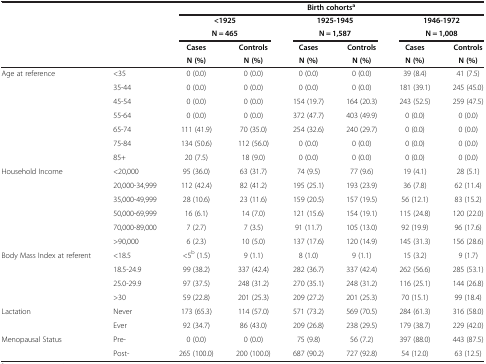
<table><thead><tr><td><b> </b></td><td><b> </b></td><td colspan="6"><b>Birth cohorts<sup>a</sup></b></td></tr><tr><td><b> </b></td><td><b> </b></td><td colspan="2"><b>&lt;1925</b></td><td colspan="2"><b>1925-1945</b></td><td colspan="2"><b>1946-1972</b></td></tr><tr><td><b> </b></td><td><b> </b></td><td colspan="2"><b>N = 465</b></td><td colspan="2"><b>N = 1,587</b></td><td colspan="2"><b>N = 1,008</b></td></tr><tr><td><b> </b></td><td><b> </b></td><td><b>Cases</b></td><td><b>Controls</b></td><td><b>Cases</b></td><td><b>Controls</b></td><td><b>Cases</b></td><td><b>Controls</b></td></tr><tr><td><b> </b></td><td><b> </b></td><td><b>N (%)</b></td><td><b>N (%)</b></td><td><b>N (%)</b></td><td><b>N (%)</b></td><td><b>N (%)</b></td><td><b>N (%)</b></td></tr></thead><tbody><tr><td>Age at reference</td><td>&lt;35</td><td>0 (0.0)</td><td>0 (0.0)</td><td>0 (0.0)</td><td>0 (0.0)</td><td>39 (8.4)</td><td>41 (7.5)</td></tr><tr><td> </td><td>35-44</td><td>0 (0.0)</td><td>0 (0.0)</td><td>0 (0.0)</td><td>0 (0.0)</td><td>181 (39.1)</td><td>245 (45.0)</td></tr><tr><td> </td><td>45-54</td><td>0 (0.0)</td><td>0 (0.0)</td><td>154 (19.7)</td><td>164 (20.3)</td><td>243 (52.5)</td><td>259 (47.5)</td></tr><tr><td> </td><td>55-64</td><td>0 (0.0)</td><td>0 (0.0)</td><td>372 (47.7)</td><td>403 (49.9)</td><td>0 (0.0)</td><td>0 (0.0)</td></tr><tr><td> </td><td>65-74</td><td>111 (41.9)</td><td>70 (35.0)</td><td>254 (32.6)</td><td>240 (29.7)</td><td>0 (0.0)</td><td>0 (0.0)</td></tr><tr><td> </td><td>75-84</td><td>134 (50.6)</td><td>112 (56.0)</td><td>0 (0.0)</td><td>0 (0.0)</td><td>0 (0.0)</td><td>0 (0.0)</td></tr><tr><td> </td><td>85+</td><td>20 (7.5)</td><td>18 (9.0)</td><td>0 (0.0)</td><td>0 (0.0)</td><td>0 (0.0)</td><td>0 (0.0)</td></tr><tr><td>Household Income</td><td>&lt;20,000</td><td>95 (36.0)</td><td>63 (31.7)</td><td>74 (9.5)</td><td>77 (9.6)</td><td>19 (4.1)</td><td>28 (5.1)</td></tr><tr><td> </td><td>20,000-34,999</td><td>112 (42.4)</td><td>82 (41.2)</td><td>195 (25.1)</td><td>193 (23.9)</td><td>36 (7.8)</td><td>62 (11.4)</td></tr><tr><td> </td><td>35,000-49,999</td><td>28 (10.6)</td><td>23 (11.6)</td><td>159 (20.5)</td><td>157 (19.5)</td><td>56 (12.1)</td><td>83 (15.2)</td></tr><tr><td> </td><td>50,000-69,999</td><td>16 (6.1)</td><td>14 (7.0)</td><td>121 (15.6)</td><td>154 (19.1)</td><td>115 (24.8)</td><td>120 (22.0)</td></tr><tr><td> </td><td>70,000-89,000</td><td>7 (2.7)</td><td>7 (3.5)</td><td>91 (11.7)</td><td>105 (13.0)</td><td>92 (19.9)</td><td>96 (17.6)</td></tr><tr><td> </td><td>&gt;90,000</td><td>6 (2.3)</td><td>10 (5.0)</td><td>137 (17.6)</td><td>120 (14.9)</td><td>145 (31.3)</td><td>156 (28.6)</td></tr><tr><td>Body Mass Index at referent</td><td>&lt;18.5</td><td>&lt;5<sup>b</sup> (1.5)</td><td>9 (1.1)</td><td>8 (1.0)</td><td>9 (1.1)</td><td>15 (3.2)</td><td>9 (1.7)</td></tr><tr><td> </td><td>18.5-24.9</td><td>99 (38.2)</td><td>337 (42.4)</td><td>282 (36.7)</td><td>337 (42.4)</td><td>262 (56.6)</td><td>285 (53.1)</td></tr><tr><td> </td><td>25.0-29.9</td><td>97 (37.5)</td><td>248 (31.2)</td><td>270 (35.1)</td><td>248 (31.2)</td><td>116 (25.1)</td><td>144 (26.8)</td></tr><tr><td> </td><td>&gt;30</td><td>59 (22.8)</td><td>201 (25.3)</td><td>209 (27.2)</td><td>201 (25.3)</td><td>70 (15.1)</td><td>99 (18.4)</td></tr><tr><td>Lactation</td><td>Never</td><td>173 (65.3)</td><td>114 (57.0)</td><td>571 (73.2)</td><td>569 (70.5)</td><td>284 (61.3)</td><td>316 (58.0)</td></tr><tr><td> </td><td>Ever</td><td>92 (34.7)</td><td>86 (43.0)</td><td>209 (26.8)</td><td>238 (29.5)</td><td>179 (38.7)</td><td>229 (42.0)</td></tr><tr><td>Menopausal Status</td><td>Pre-</td><td>0 (0.0)</td><td>0 (0.0)</td><td>75 (9.8)</td><td>56 (7.2)</td><td>397 (88.0)</td><td>443 (87.5)</td></tr><tr><td> </td><td>Post-</td><td>265 (100.0)</td><td>200 (100.0)</td><td>687 (90.2)</td><td>727 (92.8)</td><td>54 (12.0)</td><td>63 (12.5)</td></tr></tbody></table>